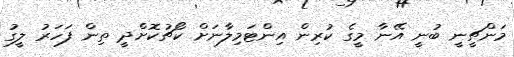
މަންޗީނީ ބުނީ އޭނާ މީގެ ކުރިން އިންޓަމިލާނަށް ކޯޗުކޮށްދީ ތިން ފަހަރު ލީގު